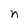
Character: n